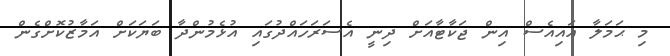
މި ޙަމަލާ އައިއެސް އިން ޖަކާޓާއަށް ދިނީ އެސަރަހައްދުގައި އުޅެމުންދާ ބަޔަކަށް އަމާޒުކޮށްގެން